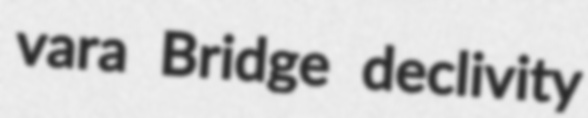
vara Bridge declivity